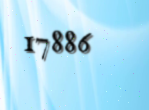
17886